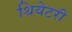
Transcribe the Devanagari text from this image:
थियेटरी